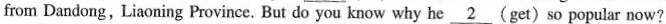
from Dandong, Liaoning Province. But do you know why he \underline{2}(get) so popular now?